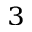
^ 3